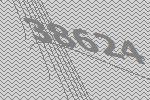
38624